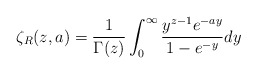
\begin{align*}\zeta_R (z,a)={1 \over \Gamma(z)}\int_{0}^{\infty}{y^{z-1}e^{-ay} \over 1-e^{-y}}dy\end{align*}